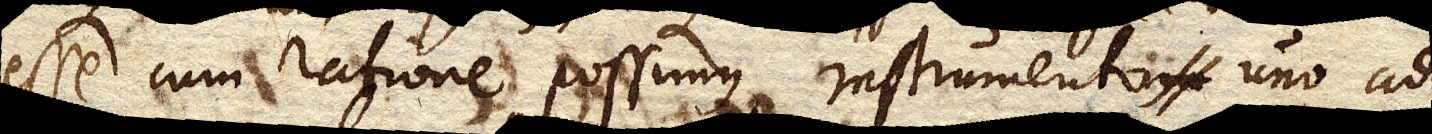
esse cum ratione possimus instrumento uno ad